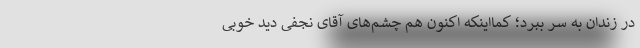
در زندان به سر ببرد؛ کمااینکه اکنون هم چشم‌های آقای نجفی دید خوبی